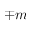
\mp m